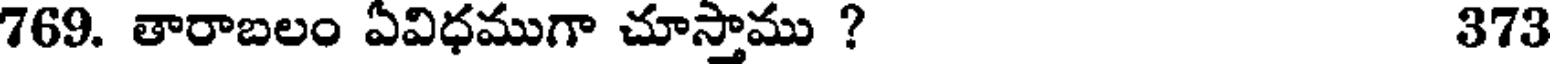
769. తారాబలం ఏవిధముగా చూస్తాము ? 373